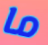
ما